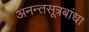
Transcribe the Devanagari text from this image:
अनन्तसूत्रबांधा